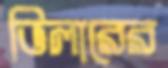
ভিলারের